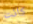
كانت